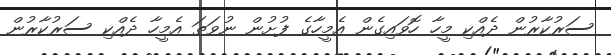
ސަރުކާރުން ދެއްކި މީހާ ހޮވައިގެން އެމީހާގެ ފުށުން ނުވަތަ އެމީހާ ދެއްކި ސަރުކާރުން